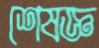
শেষজ্ঞ